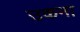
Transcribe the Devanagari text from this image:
उकना